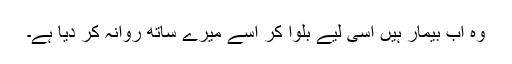
وہ اب بیمار ہیں اسی لیے بلوا کر اسے میرے ساتھ روانہ کر دیا ہے۔